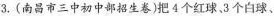
3.(南昌市三中初中部招生卷)把4个红球、3个白球、